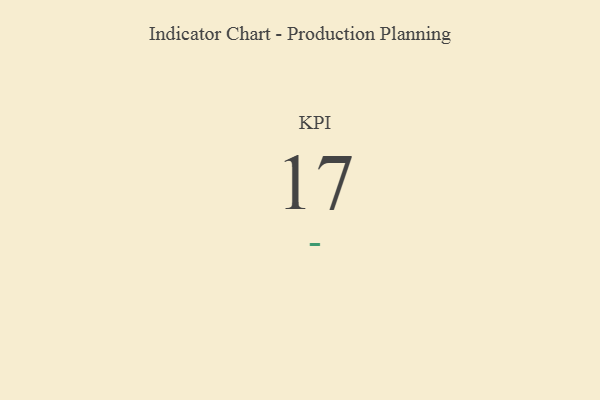
{"axis": {"x": "KPI", "y": "Value"}, "legend": [""], "data": [{"x": "KPI", "y": 17, "type": ""}]}